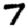
Digit: 7